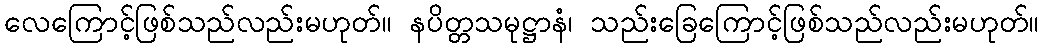
လေကြောင့်ဖြစ်သည်လည်းမဟုတ်။ နပိတ္တသမုဋ္ဌာနံ၊ သည်းခြေကြောင့်ဖြစ်သည်လည်းမဟုတ်။